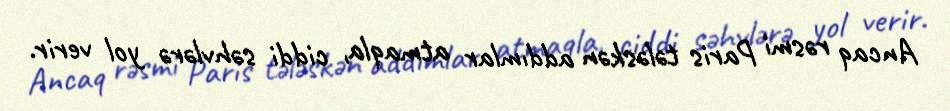
Ancaq rəsmi Paris tələskən addımlar atmaqla, ciddi səhvlərə yol verir.